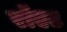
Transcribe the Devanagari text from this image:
रॉएट